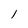
Character: l